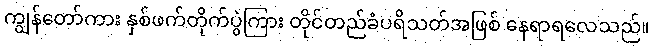
ကျွန်တော်ကား နှစ်ဖက်တိုက်ပွဲကြား တိုင်တည်ခံပရိသတ်အဖြစ် နေရာရလေသည်။